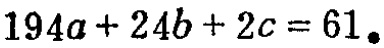
\(194a + 24b + 2c = 61\)